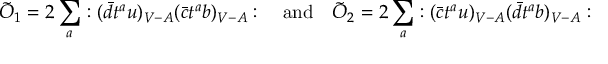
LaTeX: \tilde { O } _ { 1 } = 2 \sum _ { a } : ( \bar { d } t ^ { a } u ) _ { V - A } ( \bar { c } t ^ { a } b ) _ { V - A } : \quad \mathrm { a n d } \quad \tilde { O } _ { 2 } = 2 \sum _ { a } : ( \bar { c } t ^ { a } u ) _ { V - A } ( \bar { d } t ^ { a } b ) _ { V - A } :